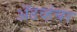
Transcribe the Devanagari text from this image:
ॲडव्हंचर